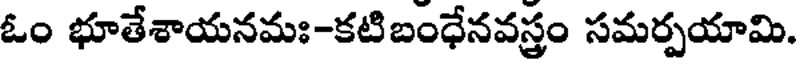
ఓం భూతేశాయనమః-కటిబంధేనవస్త్రం సమర్పయామి.